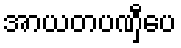
အာယတပဏှီပေ